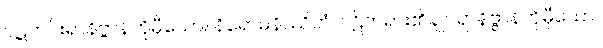
ဝဋ်ကင်းရာနိဗ္ဗာန်ကိုမှီသော။ နိရောဓနိဿိတံ၊ ဝဋ်တရား၏ချုပ်ရာနိဗ္ဗာန်ကိုမှီသော။